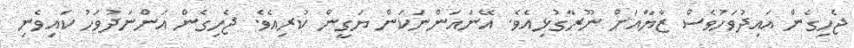
ޖެހިގެން އައިދުވަހުވެސް ޒާޔާއަށް ނޫރާގުޅިއެވެ. އޭނައަންނަކަން ޔަގީން ކުރިއެވެ. ޖެހިގެން އަންނަދުވަހު ކައިވެނި